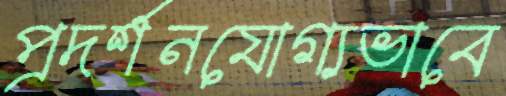
প্রদর্শনযোগ্যভাবে